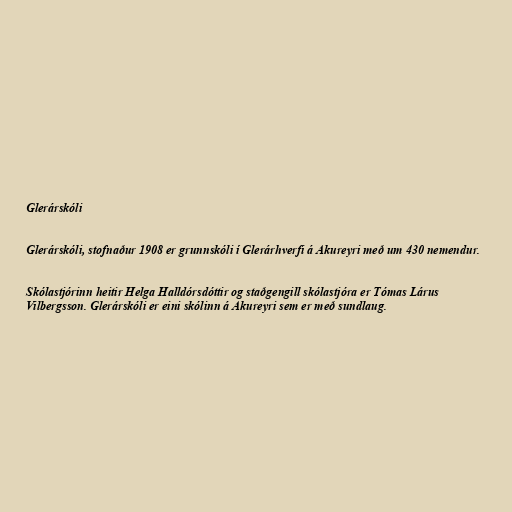
Glerárskóli

Glerárskóli, stofnaður 1908 er grunnskóli í Glerárhverfi á Akureyri með um 430 nemendur.

Skólastjórinn heitir Helga Halldórsdóttir og staðgengill skólastjóra er Tómas Lárus
Vilbergsson. Glerárskóli er eini skólinn á Akureyri sem er með sundlaug.